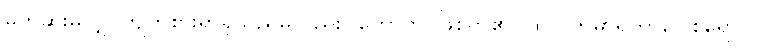
မုတ်ဆိုးမလျှင်ကျက်စားရာရှိသည်မူလည်း။ ဟောတိ၊ ဖြစ်ရာ၏။ ထုလ္လကုမာရိကာဂေါစရော ဝါ၊